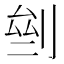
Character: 𠜸